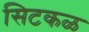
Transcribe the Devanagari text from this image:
सिटकळ